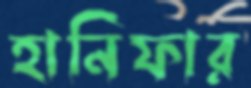
হানিফার